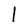
Character: l